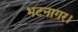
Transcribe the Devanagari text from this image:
भटनागर।